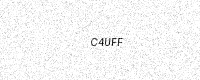
Text: C4UFF